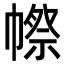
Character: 㡜